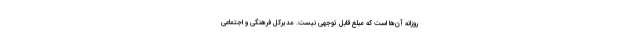
روزانه آن‌ها است که مبلغ قابل توجهی نیست. مدیرکل فرهنگی و اجتماعی